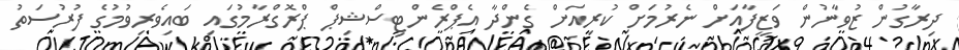
ދިރާގުން ޒުވާނުން ވަޒީފާއަށް ނެރުމަށް ކުރިއަށް ގެންދާ އެޕްރެންޓިސްޝިޕް ޕްރޮގްރާމުގައި ބައިވެރިވުމުގެ ފުރުސަތު